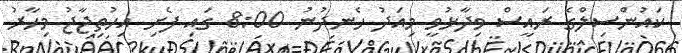
ކައުންސިލްގެ ރައީސް ވިދާޅުވީ މިއަދު ހެނދުނު 8:00 ގައި ފެށި އިހުތިޖާޖު މިހާރު